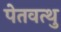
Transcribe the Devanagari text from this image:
पेतवत्थु